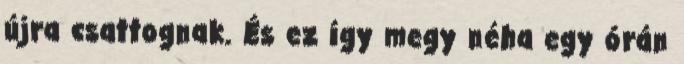
újra csattognak. És ez így megy néha egy órán